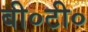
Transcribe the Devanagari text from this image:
बी०टी०